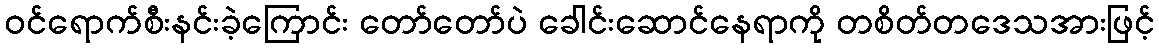
ဝင်ရောက်စီးနင်းခဲ့ကြောင်း တော်တော်ပဲ ခေါင်းဆောင်နေရာကို တစိတ်တဒေသအားဖြင့်